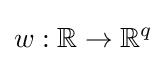
w:\mathbb {R} \rightarrow \mathbb {R} ^{q}